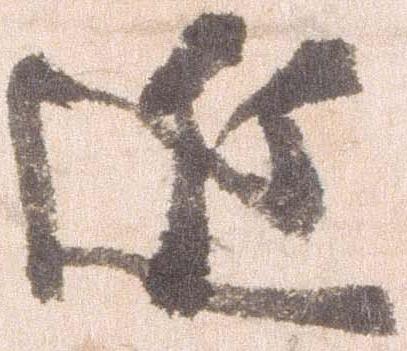
近